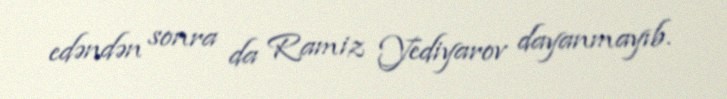
edəndən sonra da Ramiz Yediyarov dayanmayıb.